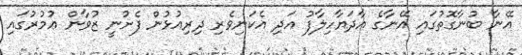
އޭނާ ބުނާގޮތުގައި އޭނާގެ އާދަޔާހިލާފު އަދި އެކަނިވެރި ދިރިއުޅުން ފެށުނީ ޒުވާން ޢުމުރުގައި